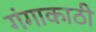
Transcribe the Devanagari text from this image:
गंगाकाठी